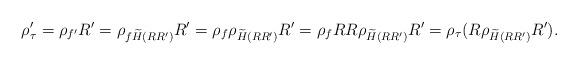
LaTeX: \begin{align*}\rho'_\tau=\rho_{f'}R'=\rho_{f\widetilde{H}(RR')}R'=\rho_f\rho_{\widetilde{H}(RR')}R'=\rho_fRR\rho_{\widetilde{H}(RR')}R'=\rho_\tau(R\rho_{\widetilde{H}(RR')}R').\end{align*}